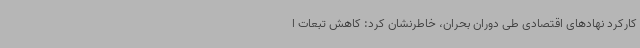
کارکرد نهادهای اقتصادی طی دوران بحران، خاطرنشان کرد: کاهش تبعات ا